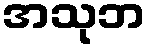
အသုဘ